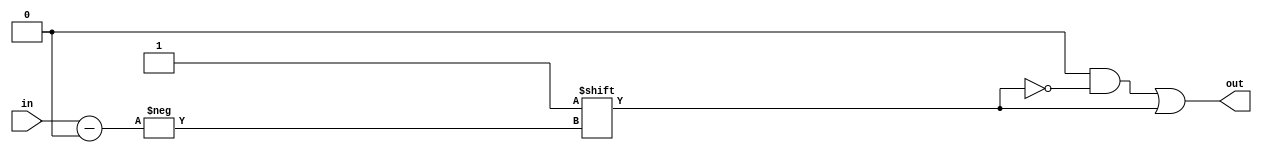
module decoder_3X8(in,out);

input [2:0] in;
output reg [7:0] out;

always @(in) begin
    out = 8'b0;
    out[in] = 1'b1;
end
endmodule